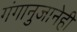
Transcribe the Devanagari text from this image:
गंगानुजानेही